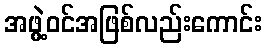
အဖွဲ့ဝင်အဖြစ်လည်းကောင်း